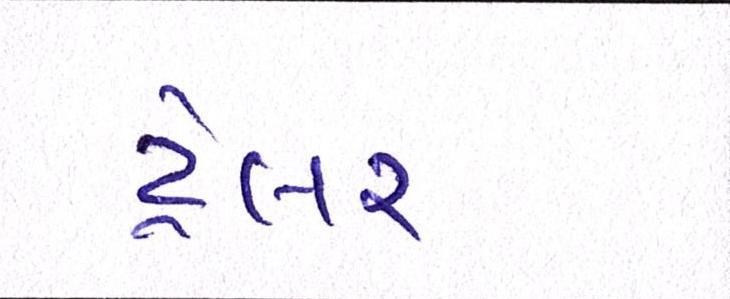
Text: ટ્રેલર